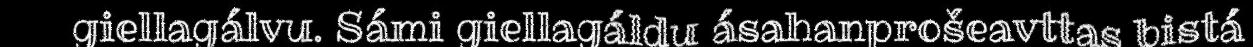
giellagálvu. Sámi giellagáldu ásahanprošeavttas bistá